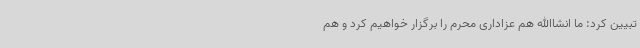
تبیین کرد: ما انشاالله هم عزاداری محرم را برگزار خواهیم کرد و هم